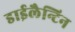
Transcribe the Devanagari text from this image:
डाईलैन्टिन